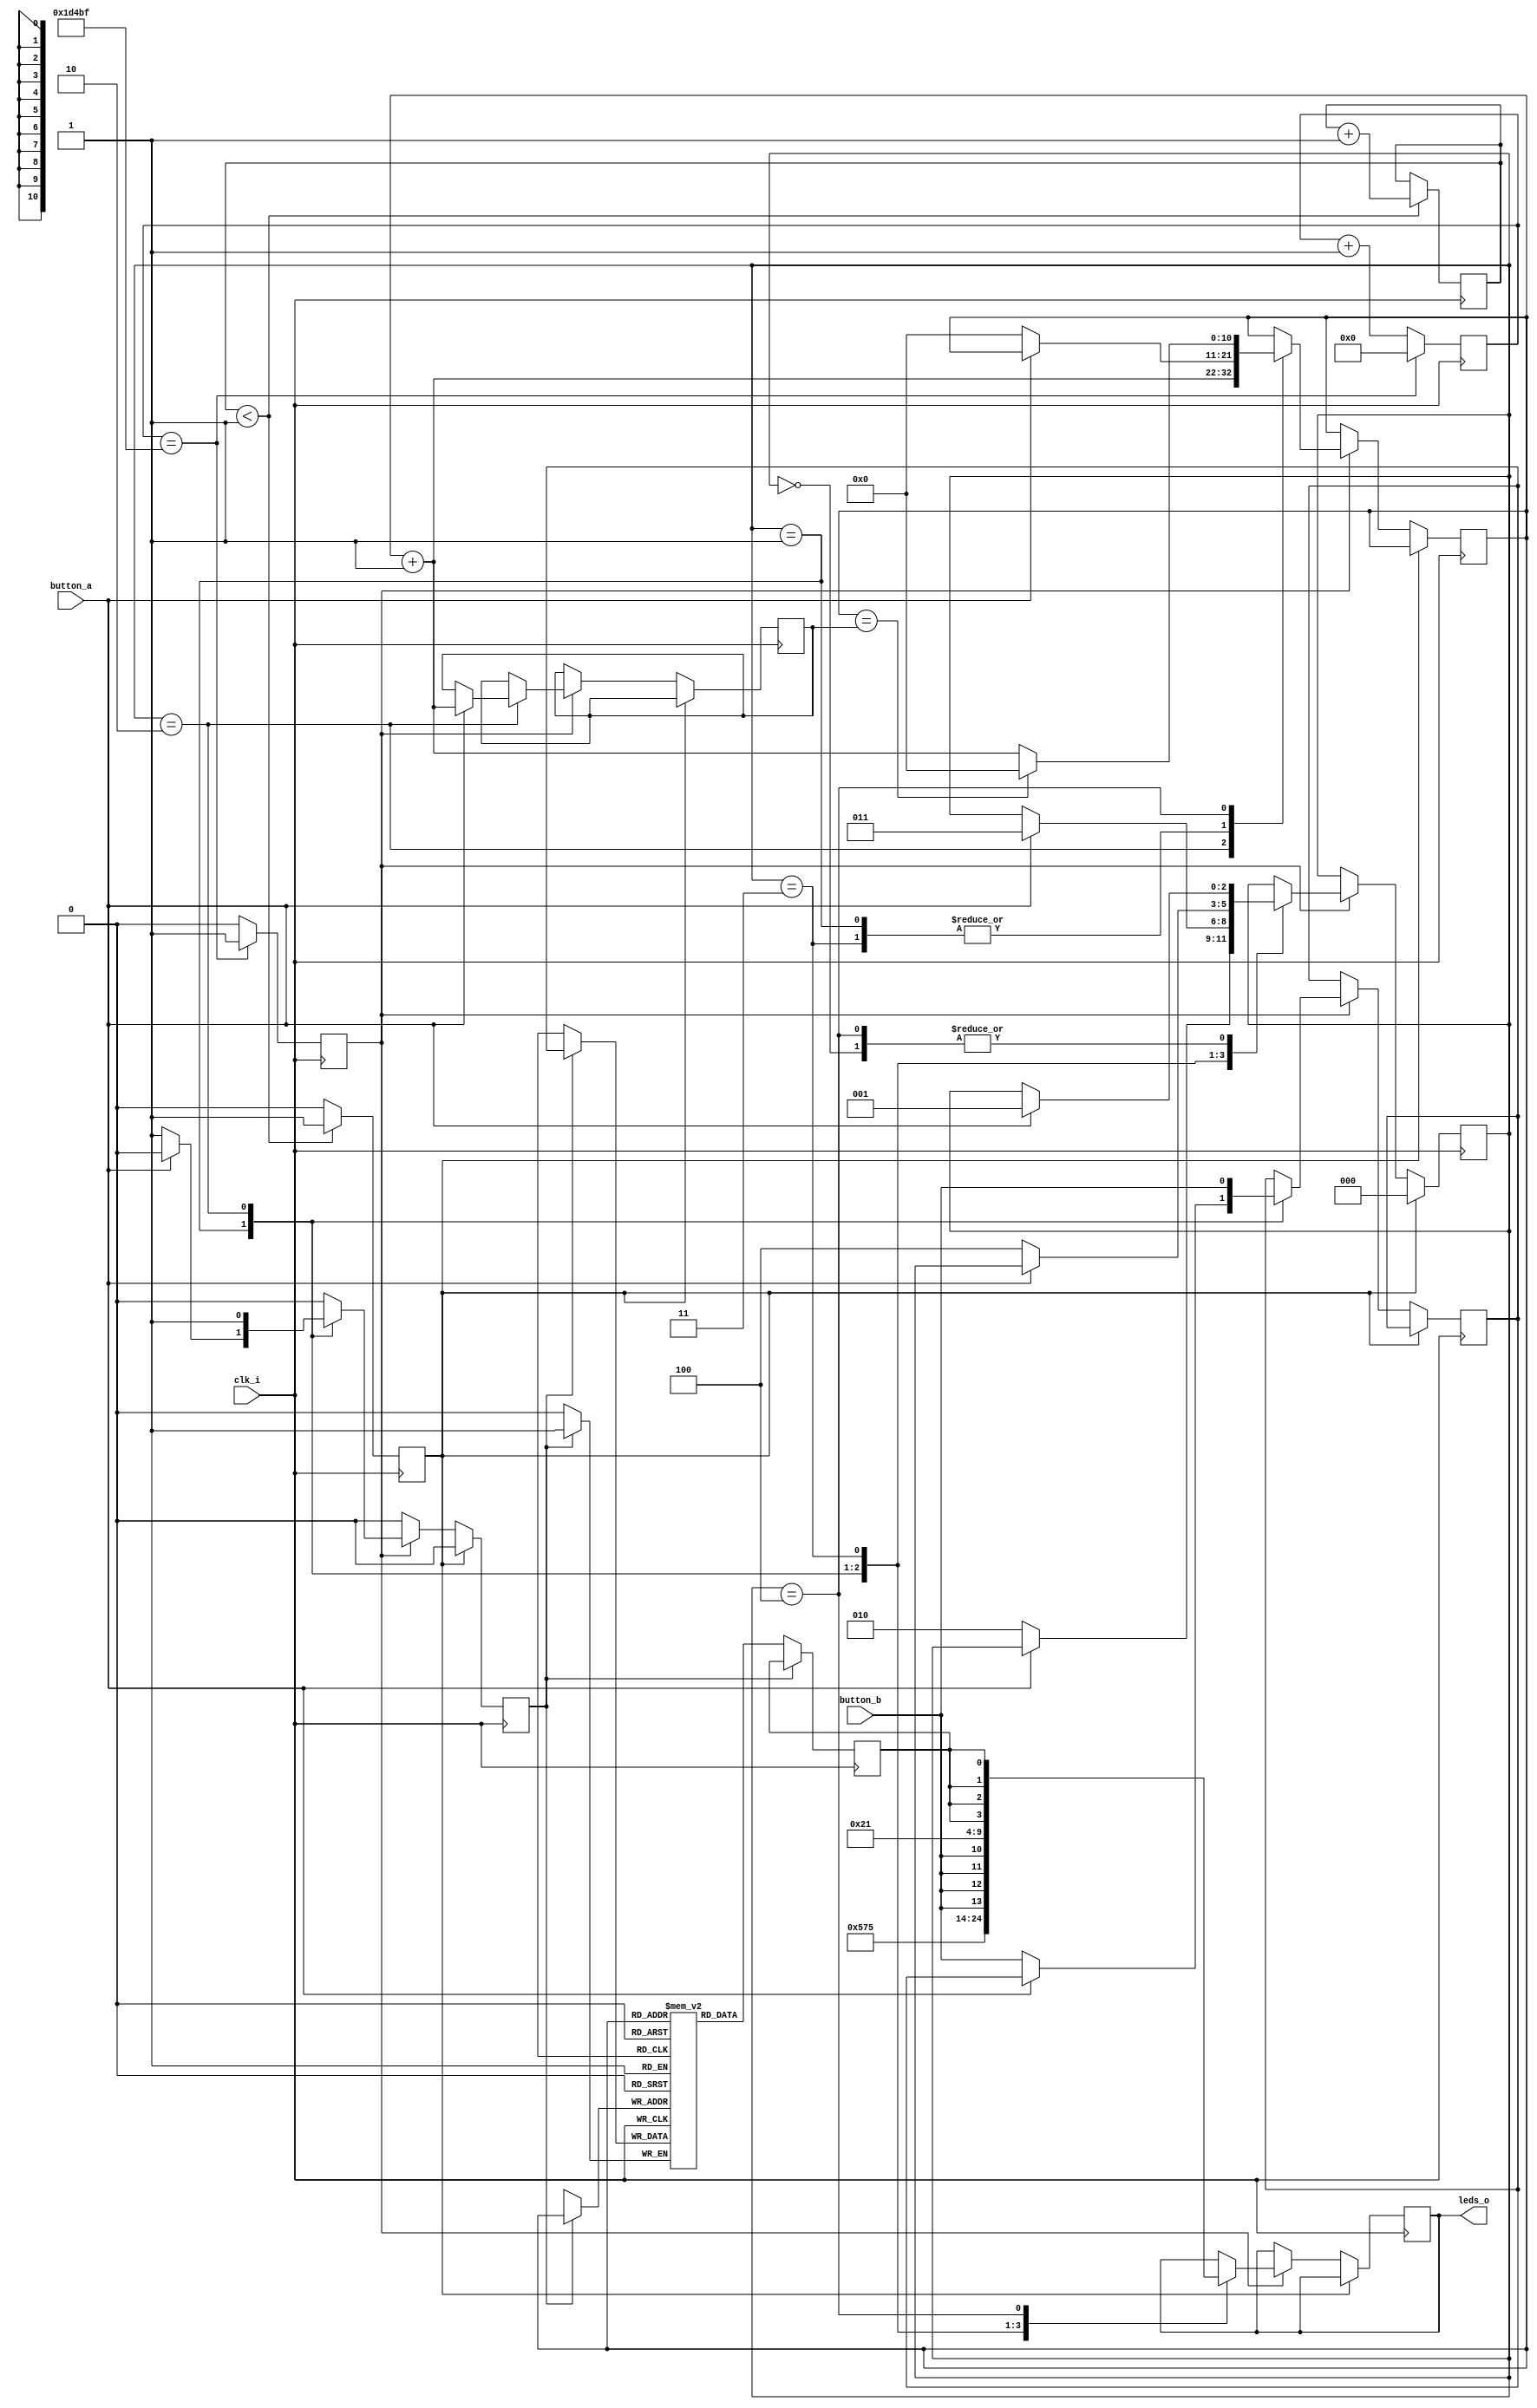
module record_play (
    clk_i,
    button_a,
    button_b,
    leds_o
);


input clk_i;
input button_a;
input button_b;
output [4:0] leds_o;
reg [4:0] leds_o;

reg wr;
reg reset;
reg [0:0] data_i;
reg [0:0] data_o;
reg [2:0] state;
reg do_sample;
reg [10:0] end_addr;
reg [10:0] addr;
reg [16:0] chunk_insts_1_cntr;
reg [0:0] chunk_insts_0_cntr;
reg [0:0] k_mem [0:2048-1];



always @(posedge clk_i) begin: RECORD_PLAY_LOC_INSTS_CHUNK_INSTS_0_LOC_INSTS_CHUNK_INSTS_K
    if ((chunk_insts_0_cntr < 1)) begin
        chunk_insts_0_cntr <= (chunk_insts_0_cntr + 1);
        reset <= 1;
    end
    else begin
        reset <= 0;
    end
end


always @(posedge clk_i) begin: RECORD_PLAY_LOC_INSTS_CHUNK_INSTS_1_LOC_INSTS_CHUNK_INSTS_K
    chunk_insts_1_cntr <= (chunk_insts_1_cntr + 1);
    do_sample <= 0;
    if ((chunk_insts_1_cntr == 119999)) begin
        do_sample <= 1;
        chunk_insts_1_cntr <= 0;
    end
end


always @(posedge clk_i) begin: RECORD_PLAY_LOC_INSTS_CHUNK_INSTS_2
    wr <= 0;
    if (reset) begin
        state <= 0;
    end
    else if (do_sample) begin
        case (state)
            'h0: begin
                leds_o <= 21;
                if ((button_a == 1)) begin
                    state <= 1;
                end
            end
            'h1: begin
                leds_o <= 26;
                if ((button_a == 0)) begin
                    addr <= 0;
                    data_i <= button_b;
                    wr <= 1;
                    state <= 2;
                end
            end
            'h2: begin
                addr <= (addr + 1);
                data_i <= button_b;
                wr <= 1;
                leds_o <= {1, button_b, button_b, button_b, button_b};
                if ((button_a == 1)) begin
                    end_addr <= (addr + 1);
                    state <= 3;
                end
            end
            'h3: begin
                leds_o <= 16;
                if ((button_a == 0)) begin
                    addr <= 0;
                    state <= 4;
                end
            end
            'h4: begin
                leds_o <= {1, data_o[0], data_o[0], data_o[0], data_o[0]};
                addr <= (addr + 1);
                if ((addr == end_addr)) begin
                    addr <= 0;
                end
                if ((button_a == 1)) begin
                    state <= 1;
                end
            end
        endcase
    end
end


always @(posedge clk_i) begin: RECORD_PLAY_LOC_INSTS_CHUNK_INSTS_K_LOC_INSTS_CHUNK_INSTS_K
    if (wr) begin
        k_mem[addr] <= data_i;
    end
    else begin
        data_o <= k_mem[addr];
    end
end

endmodule